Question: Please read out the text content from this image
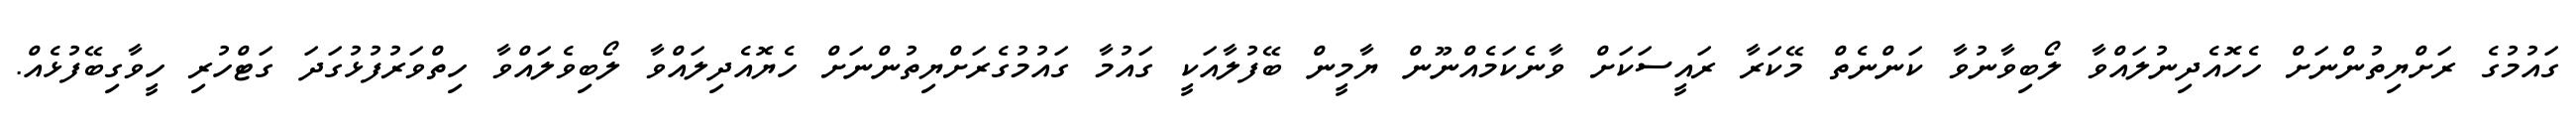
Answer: ގައުމުގެ ރަށްޔިތުންނަށް ހެހޮއެދިނުލައްވާ ލޯބިވާނުވާ ކަންނެތް މޭކަރާ ރައީސަކަށް ވާނެކަމެއްނޫން ޔާމީން ބޭފުލާއަކީ ގައުމާ ގައުމުގެރަށްޔިތުންނަށް ހެޔޮއެދިލައްވާ ލޯބިވެލައްވާ ހިތްވަރުފުޅުގަދަ ގަޓްހުރި ހީވާގިބޭފުޅެއް.